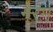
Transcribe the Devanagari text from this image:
गरम